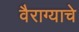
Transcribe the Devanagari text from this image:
वैराग्याचे